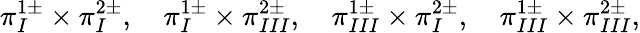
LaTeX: \pi_{I}^{1\pm}\times\pi_{I}^{2\pm},\quad\pi_{I}^{1\pm}\times\pi_{III}^{2\pm},\quad\pi_{III}^{1\pm}\times\pi_{I}^{2\pm},\quad\pi_{III}^{1\pm}\times\pi_{III}^{2\pm},